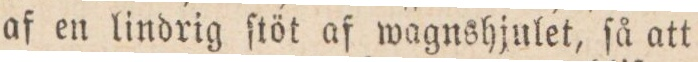
af en lindrig ſtöt af wagnshjulet, ſå att